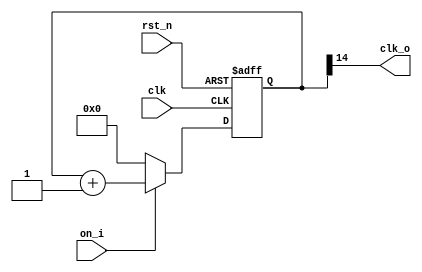
//-------------------------------------------------------------------
//                                                                 
//  COPYRIGHT (C) 2012, Renfeng Dou, Fudan University
//                                                                  
//  THIS FILE MAY NOT BE MODIFIED OR REDISTRIBUTED WITHOUT THE      
//  EXPRESSED WRITTEN CONSENT OF Renfeng Dou
//                                                                  
//  Renfeng Dou				email:12212020002@fudan.edu.cn     
//  Fudan University        www.fudan.edu.cn              
//-------------------------------------------------------------------
// Description    : 
//               
// $Id$ 
//------------------------------------------------------------------- 

//synopsys_translate_off
`timescale 1ns/1ns
//synopsys_translate_on

module clk_div(
			clk,
			rst_n,
			on_i,	
			clk_o	
);


// ********************************************
//                                             
//    INPUT / OUTPUT DECLARATION               
//                                             
// ********************************************
input		clk;
input		rst_n;
input		on_i;	// manual switch
output		clk_o;	// clock for output

// ********************************************      
//                                             
//    Register DECLARATION                         
//                                             
// ********************************************
reg [14:0]	counter;

// *******************************************
//                                             
//    Combinational Logic                         
//                                             
// ********************************************
assign clk_o = counter[14];


// ********************************************
//                                             
//    Sequential Logic                         
//                                             
// ********************************************
always @ (posedge clk or negedge rst_n)
begin
	if(!rst_n)
		counter	<= 15'd0;
	else
		begin
			if(on_i)
				counter	<= counter + 1'b1;
			else
				counter	<= 15'd0;
		end
end


endmodule